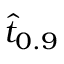
\hat { t } _ { 0 . 9 }